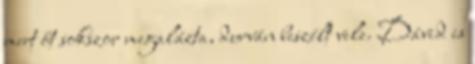
mert őt sokszor megalázta, durván beszélt vele. Dávid is